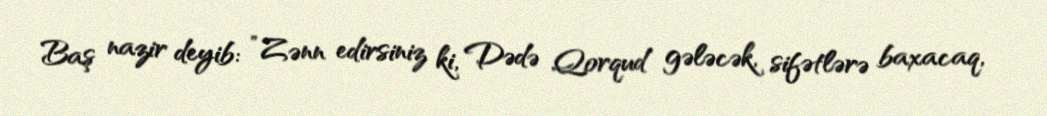
Baş nazir deyib: ”Zənn edirsiniz ki, Dədə Qorqud gələcək, sifətlərə baxacaq,